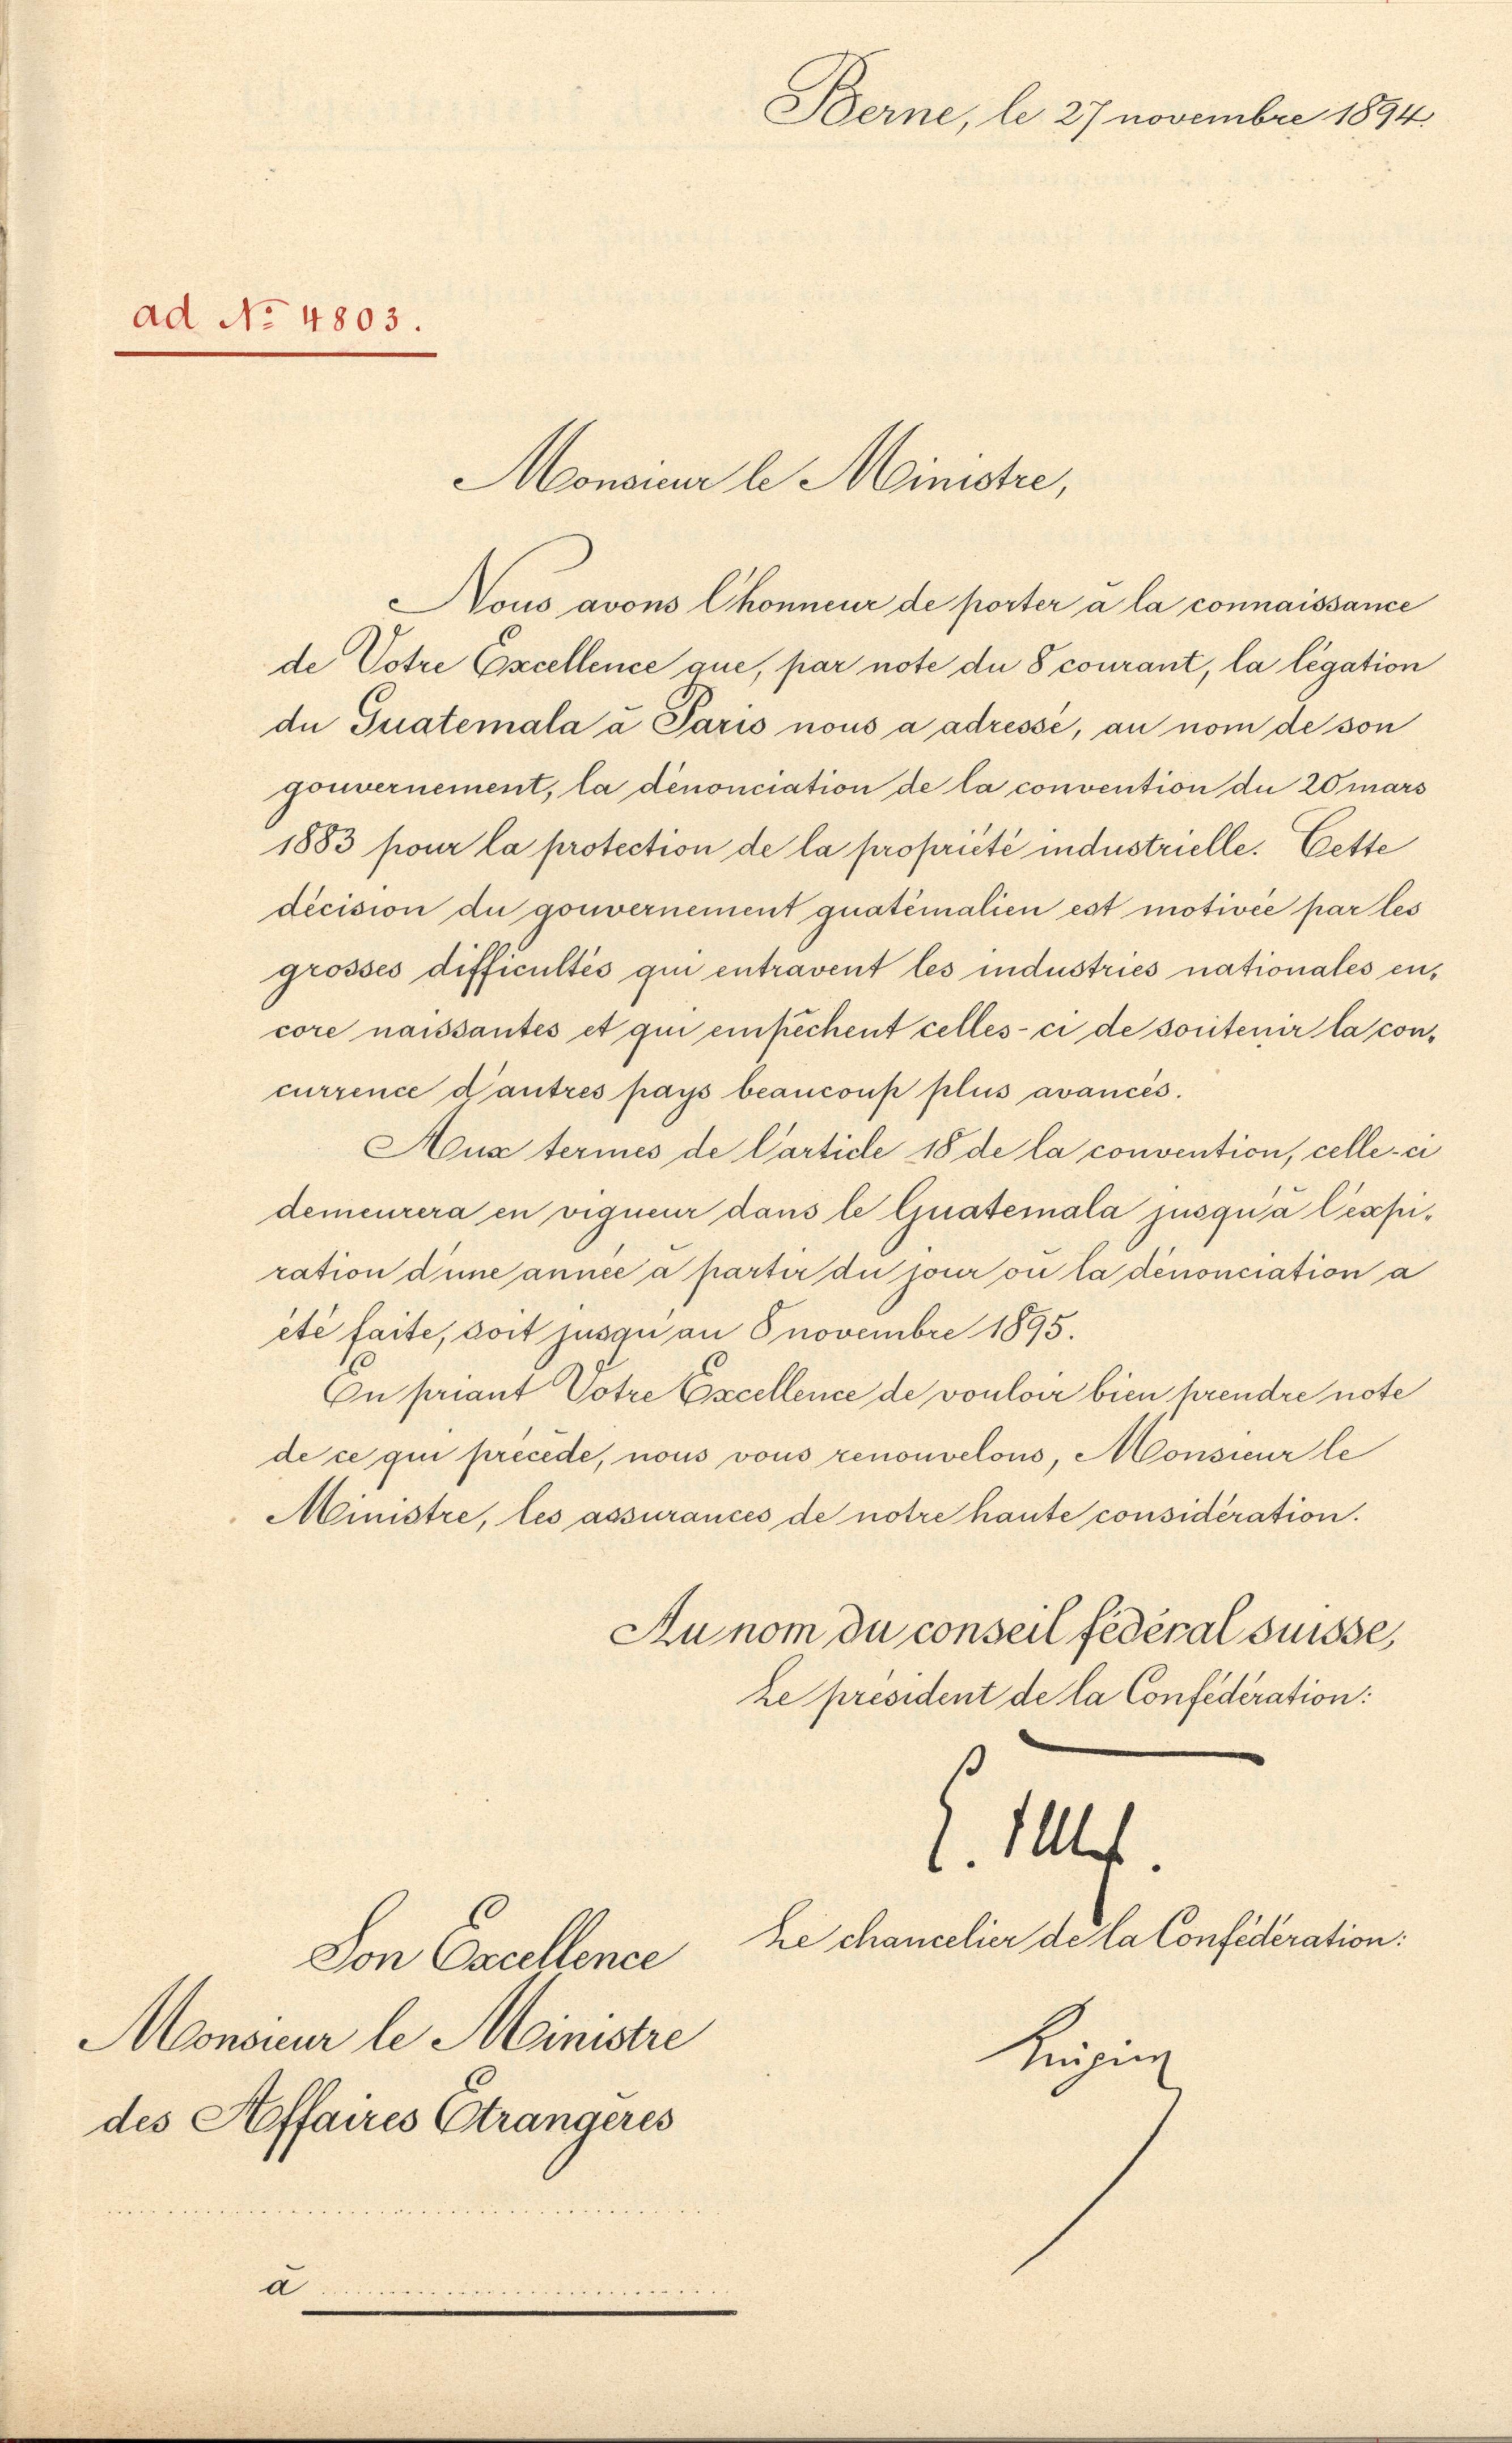
ad No 4803.

d.

Monsieur le Ministre,
Nous avons Chonneur de porter à la connaissance
de Votre Excellence que, par note die 8 courant, la légation
de Guatemala u Paris nous a adresse, an nom de son
gouvernement, la dénonciation de la convention die 20 mars
1883 pour la protection de la propriété industrielle. Cette
décision du gouvernement guatémalien est motivée par les
grosses difficultés qui entravent les industries nationales encore naissantes et qui einfechent celles-ci de sortenir la concurrence d’autres pays beanconp plus avancés.
Aux termes de Carticle 18 de la convention, celle-ci
demeurera en vigneur dans le Guatemala jusqu’à lexpiration dene année a parter du jour ou la dénonciation a
eté faite, dort jusqu an Snovembre 1895.
On priant Potre Excellence de vouloir bien prendre note
de ce qui precede, nous vous renouvelous, Monsieur le
Ministre, les assurances de notre haute considération.
Au nom du conseil fédéral Suisse,
le président de la Confédération:
I. 104.
he chancelier de la Confederation:
Von Excellence
Monsieur le Ministre
kreising
des Affaires Strangeres

Berne, le 27 novembre 1894